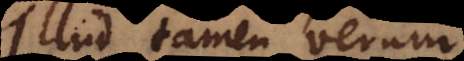
Illud tamen verum